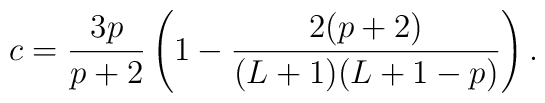
c=\frac{3p}{p+2}\left(1-\frac{2(p+2)}{(L+1)(L+1-p)}\right).